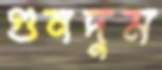
গুনদুম